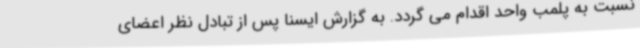
نسبت به پلمب واحد اقدام می گردد. به گزارش ایسنا پس از تبادل نظر اعضای